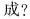
成?